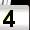
Digit: 4